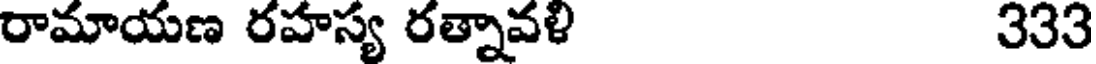
రామాయణ రహస్య రత్నావళి 333